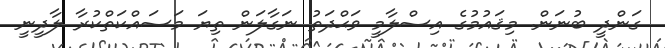
ގަންދީ ބުނަން. މިޤައުމުގެ އިސްލާމީ ވަަޙްދަތު ނަގާލަން ތިޔަ މަސައްކަތްކުރާ ލާދީނީ